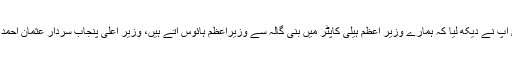
پی ٹی آئی کی جانب سے سادگی کی بات کی گئی ، کہا گیا کہ وہ اخراجات کم کریں گے لیکن آپ نے دیکھ لیا کہ ہمارے وزیر اعظم ہیلی کاپٹر میں بنی گالہ سے وزیراعظم ہائوس آتے ہیں، وزیر اعلٰی پنجاب سردار عثمان احمد خان بزدارکا خاندان کے ساتھ جہاز میں سفر کو سوشل میڈیا پر تنقید کا نشانہ بنایا جا رہا ہے۔